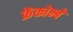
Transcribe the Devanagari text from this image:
फ्रेंकोम्बे